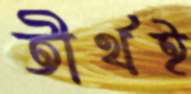
তীর্থই